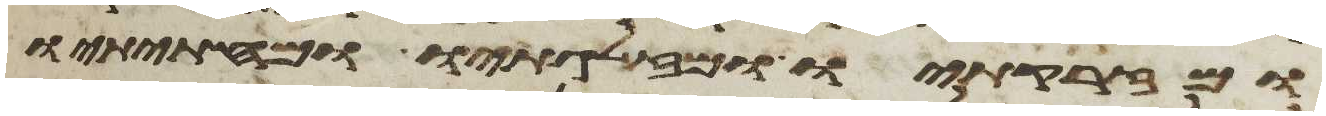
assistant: ומזרקתיו ומזלגתיו ומחתיתיו